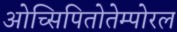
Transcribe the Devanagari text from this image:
ओच्सिपितोतेम्पोरल